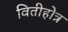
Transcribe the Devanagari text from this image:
वितीहोत्र